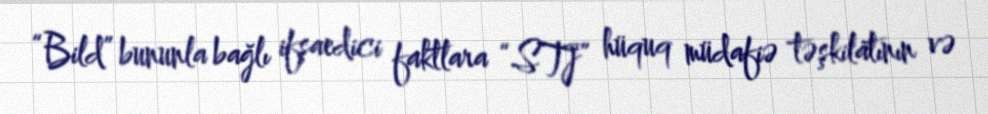
“Bild” bununla bağlı ifşaedici faktlara “STJ” hüquq müdafiə təşkilatının və